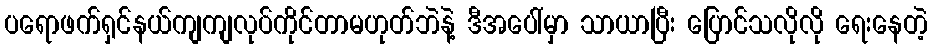
ပရောဖက်ရှင်နယ်ကျကျလုပ်ကိုင်တာမဟုတ်ဘဲနဲ့ ဒီအပေါ်မှာ သာယာပြီး ပြောင်သလိုလို ရေးနေတဲ့